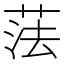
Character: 𦲾